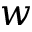
w